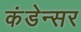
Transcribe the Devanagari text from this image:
कंडेन्सर